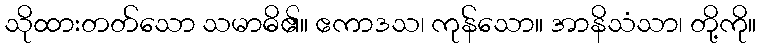
သိုထားတတ်သော သမာဓိ၏။ ဧကာဒသ၊ ကုန်သော။ အာနိသံသာ၊ တို့ကို။